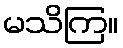
မသိကြ။